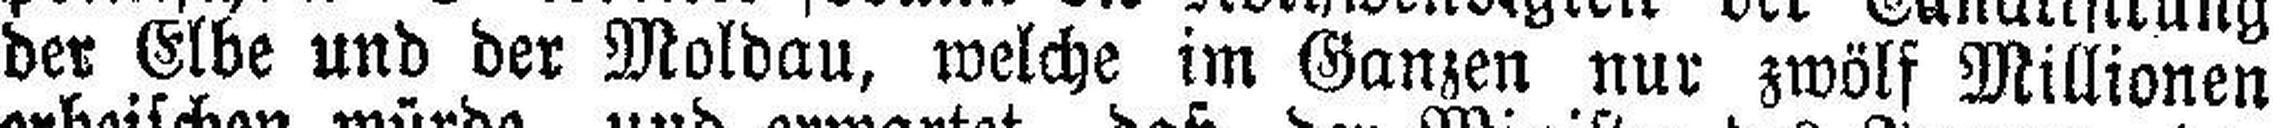
der Elbe und der Moldau, welche im Ganzen nur zwölf Millionen